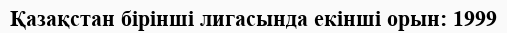
Қазақстан бірінші лигасында екінші орын: 1999